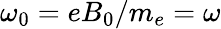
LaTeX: \omega_{0}=eB_{0}/m_{e}=\omega